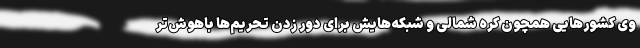
وی کشورهایی همچون کره شمالی و شبکه‌هایش برای دور زدن تحریم‌ها باهوش‌تر